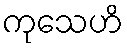
ကုသေဟိ